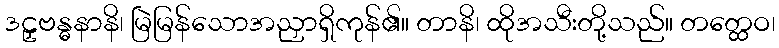
ဒဠှဗန္ဓနာနိ၊ မြဲမြန်သောအညှာရှိကုန်၏။ တာနိ၊ ထိုအသီးတို့သည်။ တတ္ထေဝ၊